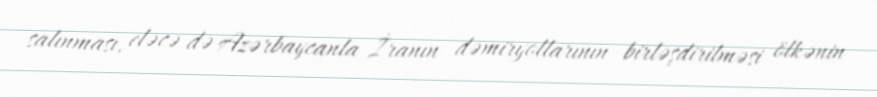
salınması, eləcə də Azərbaycanla İranın dəmiryollarının birləşdirilməsi ölkənin